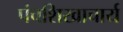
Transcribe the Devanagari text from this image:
पंचशिखाचार्य